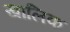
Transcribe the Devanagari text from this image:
खालिक